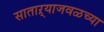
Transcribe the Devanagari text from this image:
साताऱ्याजवळच्या